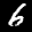
Label: 6